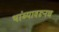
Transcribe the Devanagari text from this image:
थांब्यावरूनच